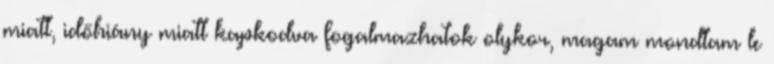
miatt, időhiány miatt kapkodva fogalmazhatok olykor, magam mondtam le